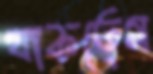
থাকতেম